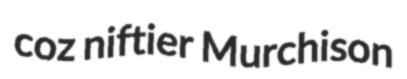
coz niftier Murchison